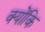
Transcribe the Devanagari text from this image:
क्योंकि